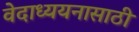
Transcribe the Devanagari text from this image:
वेदाध्ययनासाठी